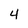
Character: 4